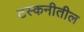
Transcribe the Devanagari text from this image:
टस्कनीतील